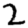
Digit: 2